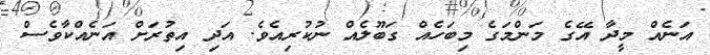
އަނެއް މީދާ އޭގެ މަންމަގެ މިބަހެއް ގަބޫލެއް ނުކުރިއެވެ. އަދި އިތުރަށް އަނެއްކާވެސް